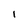
Character: l